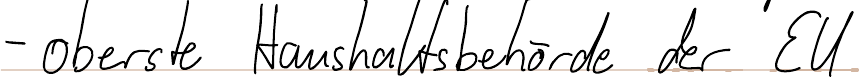
- oberste Haushaltsbehörde der EU